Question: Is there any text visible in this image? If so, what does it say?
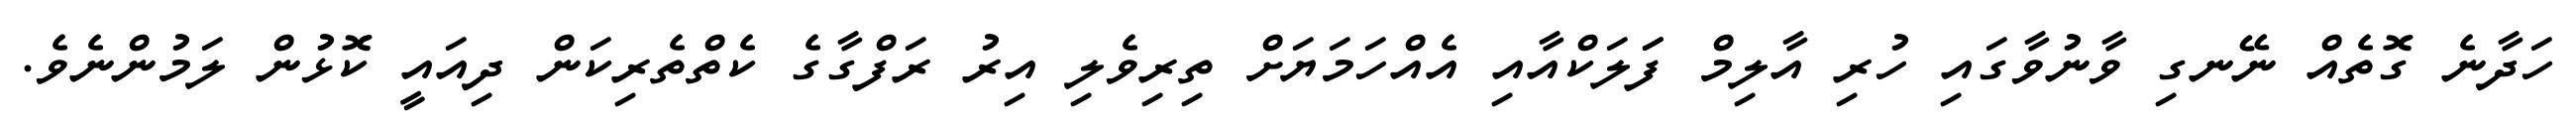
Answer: ހަދާނެ ގޮތެއް ނޭނގި ވާނުވާގައި ހުރި އާލިމް ފަަލަކްއާއި އެއްހަމަޔަށް ތިރިވެލި އިރު ރަފްގާގެ ކެތްތެރިކަން ދިއައީ ކޮޅުން ލަމުންނެވެ.